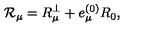
{ \cal R } _ { \mu } = R _ { \mu } ^ { \perp } + e _ { \mu } ^ { ( 0 ) } R _ { 0 } ,